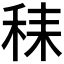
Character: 𱶆